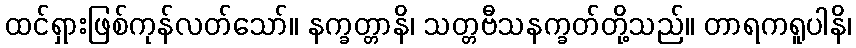
ထင်ရှားဖြစ်ကုန်လတ်သော်။ နက္ခတ္တာနိ၊ သတ္တဗီသနက္ခတ်တို့သည်။ တာရကရူပါနိ၊